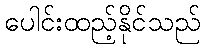
ပေါင်းထည့်နိုင်သည်